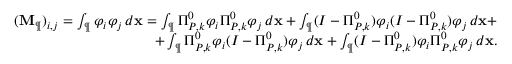
\begin{array} { r } { ( \mathbf { M } _ { \P } ) _ { i , j } = \int _ { \P } \varphi _ { i } \varphi _ { j } \, d \mathbf { x } = \int _ { \P } \Pi _ { { P } , k } ^ { 0 } \varphi _ { i } \Pi _ { { P } , k } ^ { 0 } \varphi _ { j } \, d \mathbf { x } + \int _ { \P } ( I - \Pi _ { { P } , k } ^ { 0 } ) \varphi _ { i } ( I - \Pi _ { { P } , k } ^ { 0 } ) \varphi _ { j } \, d \mathbf { x } + } \\ { + \int _ { \P } \Pi _ { { P } , k } ^ { 0 } \varphi _ { i } ( I - \Pi _ { { P } , k } ^ { 0 } ) \varphi _ { j } \, d \mathbf { x } + \int _ { \P } ( I - \Pi _ { { P } , k } ^ { 0 } ) \varphi _ { i } \Pi _ { { P } , k } ^ { 0 } \varphi _ { j } \, d \mathbf { x } . } \end{array}